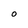
Character: o